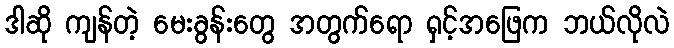
ဒါဆို ကျန်တဲ့ မေးခွန်းတွေ အတွက်ရော ရှင့်အဖြေက ဘယ်လိုလဲ